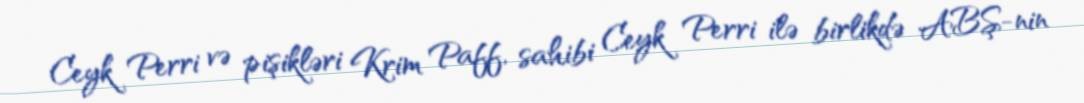
Ceyk Perri və pişikləri Krim Paff, sahibi Ceyk Perri ilə birlikdə ABŞ-nin